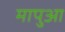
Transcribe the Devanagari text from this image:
मापुआ